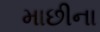
માછીના